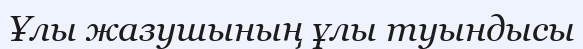
Ұлы жазушының ұлы туындысы